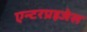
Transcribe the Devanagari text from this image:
एन्टरप्रइजेस